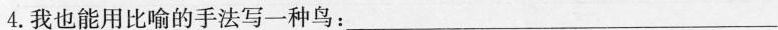
4.我也能用比喻的手法写一种鸟：___